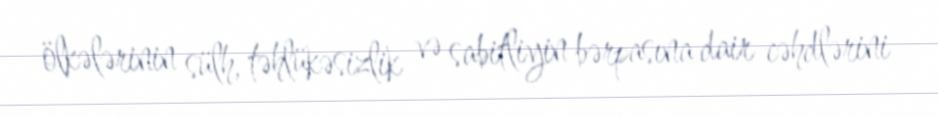
ölkələrinin sülh, təhlükəsizlik və sabitliyin bərpasına dair cəhdlərini